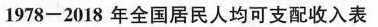
1978-2018年全国居民人均可支配收入表